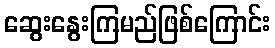
ဆွေးနွေးကြမည်ဖြစ်ကြောင်း